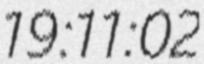
19:11:02